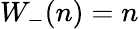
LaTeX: \begin{array}{r}{{W_{-}}(n)=n}\end{array}